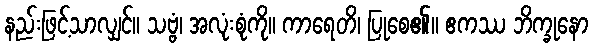
နည်းဖြင့်သာလျှင်။ သဗ္ဗံ၊ အလုံးစုံကို။ ကာရေတိ၊ ပြုစေ၏။ ဧကဿ ဘိက္ခုနော